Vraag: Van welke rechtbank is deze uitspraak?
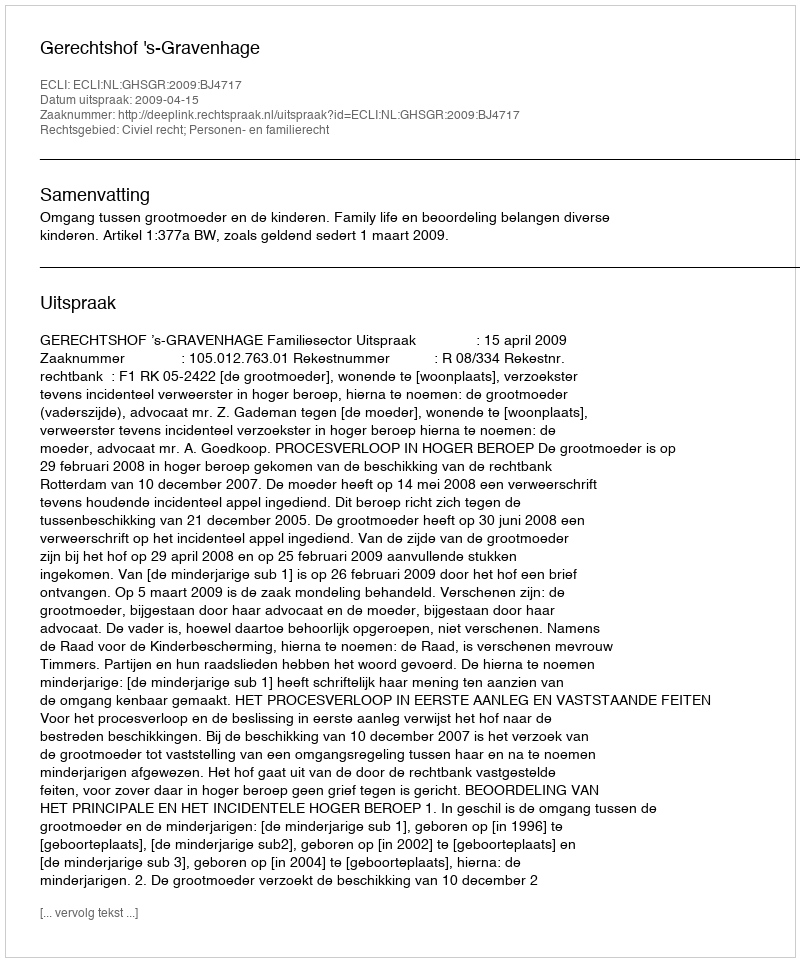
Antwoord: Gerechtshof 's-Gravenhage